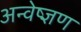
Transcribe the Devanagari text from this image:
अन्वेष्ज्ञण